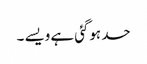
حد ہوگئی ہے ویسے ۔